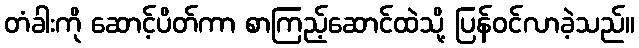
တံခါးကို ဆောင့်ပိတ်ကာ စာကြည့်ဆောင်ထဲသို့ ပြန်ဝင်လာခဲ့သည်။